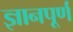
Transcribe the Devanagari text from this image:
ज्ञानपूर्ण